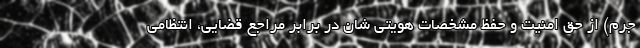
جرم) از حق امنیت و حفظ مشخصات هویتی شان در برابر مراجع قضایی، انتظامی